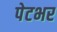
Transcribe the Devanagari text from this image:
पेटभर